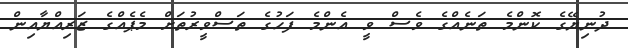
ދުނިޔޭގެ ކޮންމެ ތަނެއްގެ ވެސް ވީ އެންމެ ފަހުގެ ތަސްވީރުތަށް މެޕެއްގެ ޒަރިއްޔާއިން